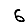
Digit: 6